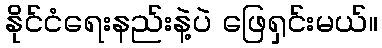
နိုင်ငံရေးနည်းနဲ့ပဲ ဖြေရှင်းမယ်။